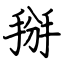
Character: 掰